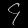
Digit: ၄